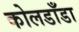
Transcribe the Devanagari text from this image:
कोलडाँडा